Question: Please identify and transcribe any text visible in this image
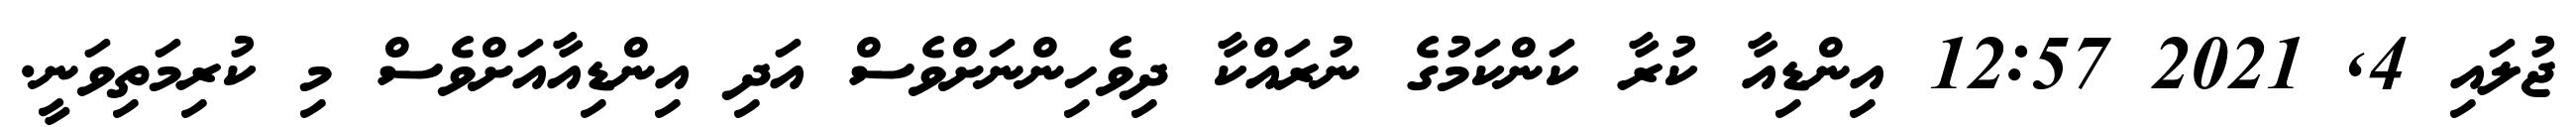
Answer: ޖުލައި 4, 2021 12:57 އިންޑިއާ ކުރާ ކަންކަމުގެ ނުރައްކާ ދިވެހިންނަށްވެސް އަދި އިންޑިއާއަށްވެސް މި ކުރިމަތިވަނީ.